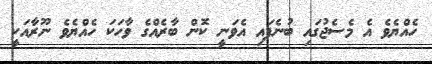
ހެއްޔެވެ އެ މެސެޖުގައި ބުނެފައި އެވަނީ ކޮން ބާރެއްގެ ވާހަކަ ހެއްޔެވެ ނޫރާއަކީ